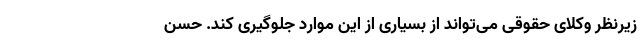
زیرنظر وکلای حقوقی می‌تواند از بسیاری از این موارد جلوگیری کند. حسن